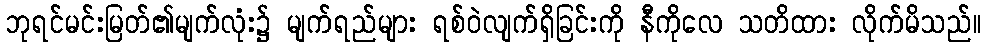
ဘုရင်မင်းမြတ်၏မျက်လုံး၌ မျက်ရည်များ ရစ်ဝဲလျက်ရှိခြင်းကို နီကိုလေ သတိထား လိုက်မိသည်။